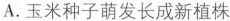
A.玉米种子萌发长成新植株